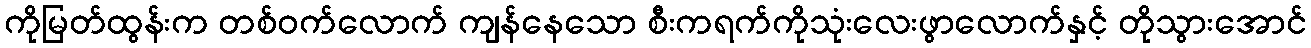
ကိုမြတ်ထွန်းက တစ်ဝက်လောက် ကျန်နေသော စီးကရက်ကိုသုံးလေးဖွာလောက်နှင့် တိုသွားအောင်